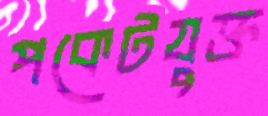
পকেটযুক্ত